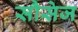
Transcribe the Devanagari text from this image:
सौसेज